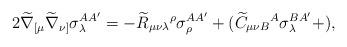
LaTeX: \begin{align*}2\widetilde{\nabla }_{[\mu }\widetilde{\nabla }_{\nu ]}\sigma _{\lambda}^{AA^{\prime }}=-\widetilde{R}_{\mu \nu \lambda }{}^{\rho }\sigma _{\rho}^{AA^{\prime }}+(\widetilde{C}_{\mu \nu B}{}^{A}\sigma _{\lambda}^{BA^{\prime }}+), \end{align*}